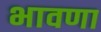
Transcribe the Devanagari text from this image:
भावणा